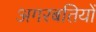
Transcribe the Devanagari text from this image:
अगरबतियों